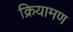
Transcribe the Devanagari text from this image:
क्रियामण